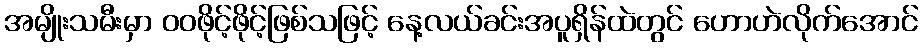
အမျိုးသမီးမှာ ဝဝဖိုင့်ဖိုင့်ဖြစ်သဖြင့် နေ့လယ်ခင်းအပူရှိန်ထဲတွင် ဟောဟဲလိုက်အောင်